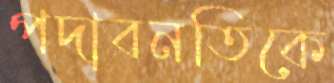
পদাবনতিকে